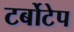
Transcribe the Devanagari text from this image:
टर्बोटेप